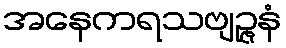
အနေကရသဗျဉ္ဇနံ